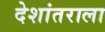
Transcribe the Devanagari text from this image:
देशांतराला